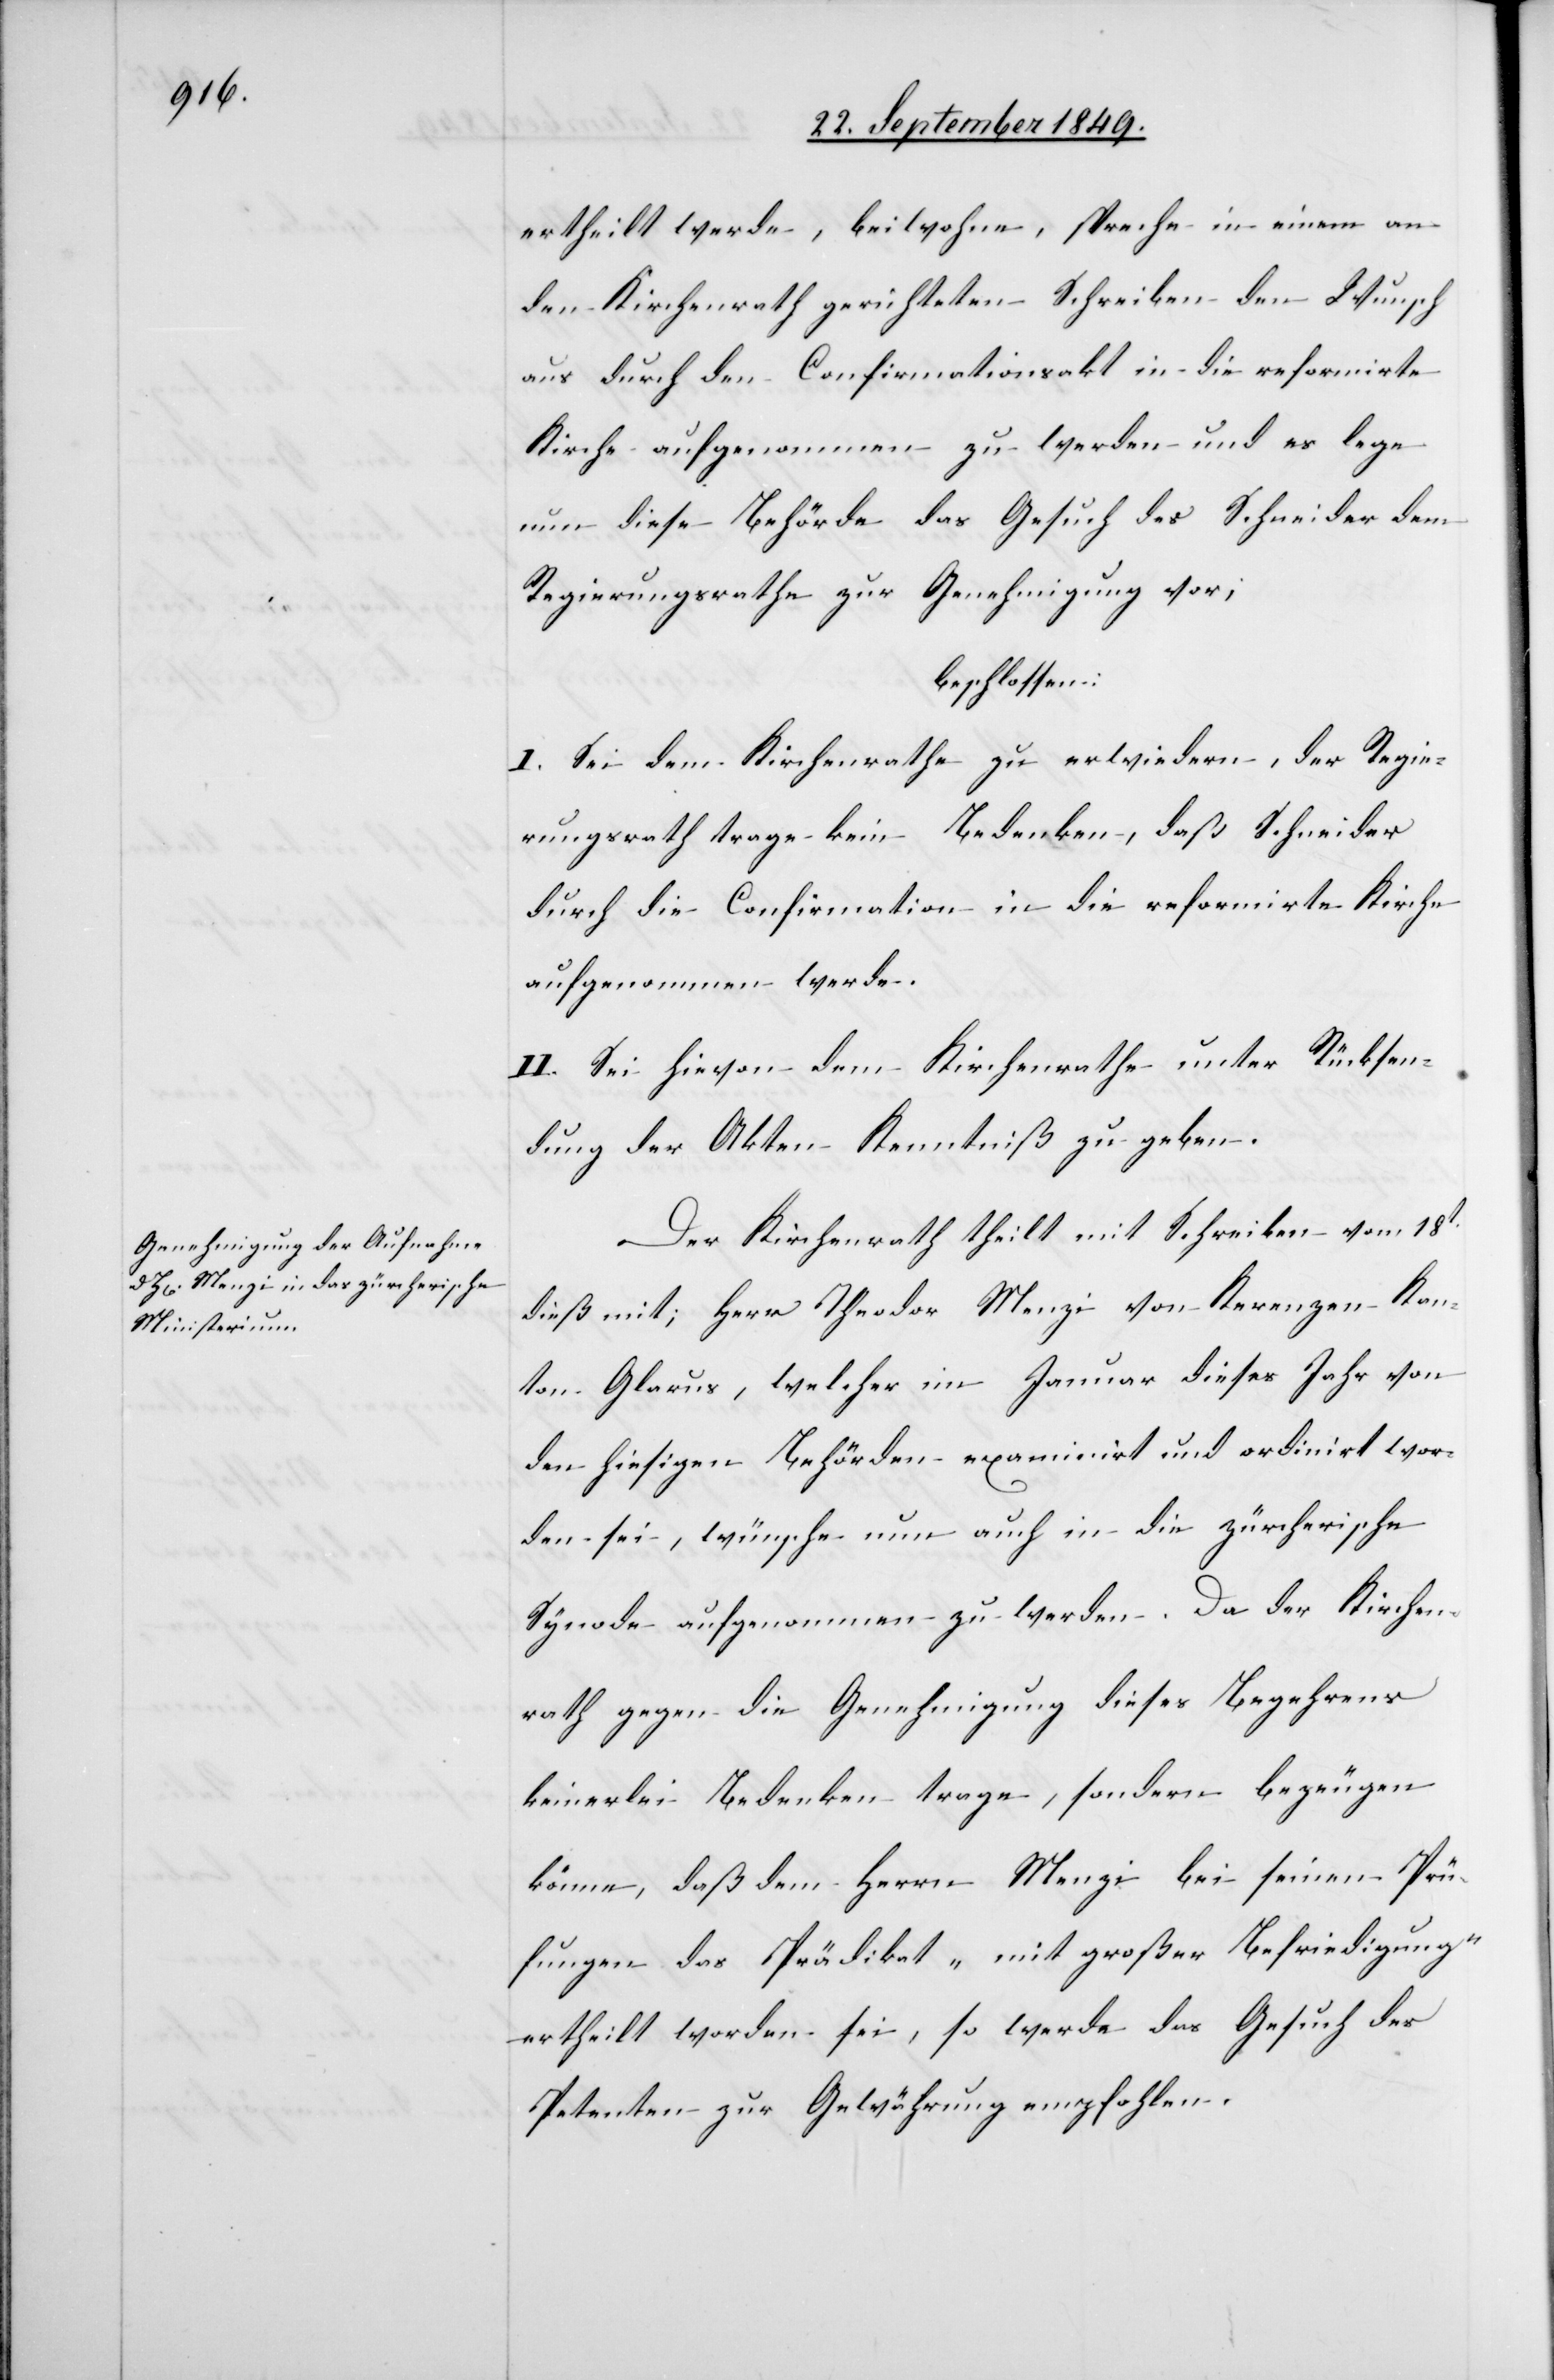
ertheilt werde, beiwohne, spreche in einem an
den Kirchenrath gerichteten Schreiben den Wunsch
aus durch den Confirmationsakt in die reformirte
Kirche aufgenommen zu werden und es lege
nun diese Behörde das Gesuch des Schneider dem
Regierungsrathe zur Genehmigung vor;
beschlossen:
I. Sei dem Kirchenrathe zu erwiedern, der Regie¬
rungsrath trage kein Bedenken, daß Schneider
durch die Confirmation in die reformirte Kirche
aufgenommen werde.
II. Sei hievon dem Kirchenrathe unter Rücksen¬
dung der Akten Kenntniß zu geben.
Der Kirchenrath theilt mit Schreiben vom 18t
dieß mit; Herr Theodor Menzi von Kerenzen Kan¬
ton Glarus, welcher im Januar dieses Jahr von
den hiesigen Behörden examinirt und ordinirt wor¬
den sei, wünsche nun auch in die zürcherische
Synode aufgenommen zu werden. Da der Kirchen¬
rath gegen die Genehmigung dieses Begehrens
keinerlei Bedenken trage, sondern bezeugen
könne, daß dem Herrn Menzi bei seinen Prü¬
fungen das Prädikat „mit großer Befriedigung“
ertheilt worden sei, so werde das Gesuch des
Petenten zur Gewährung empfohlen.